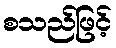
စသည်ဖြင့်